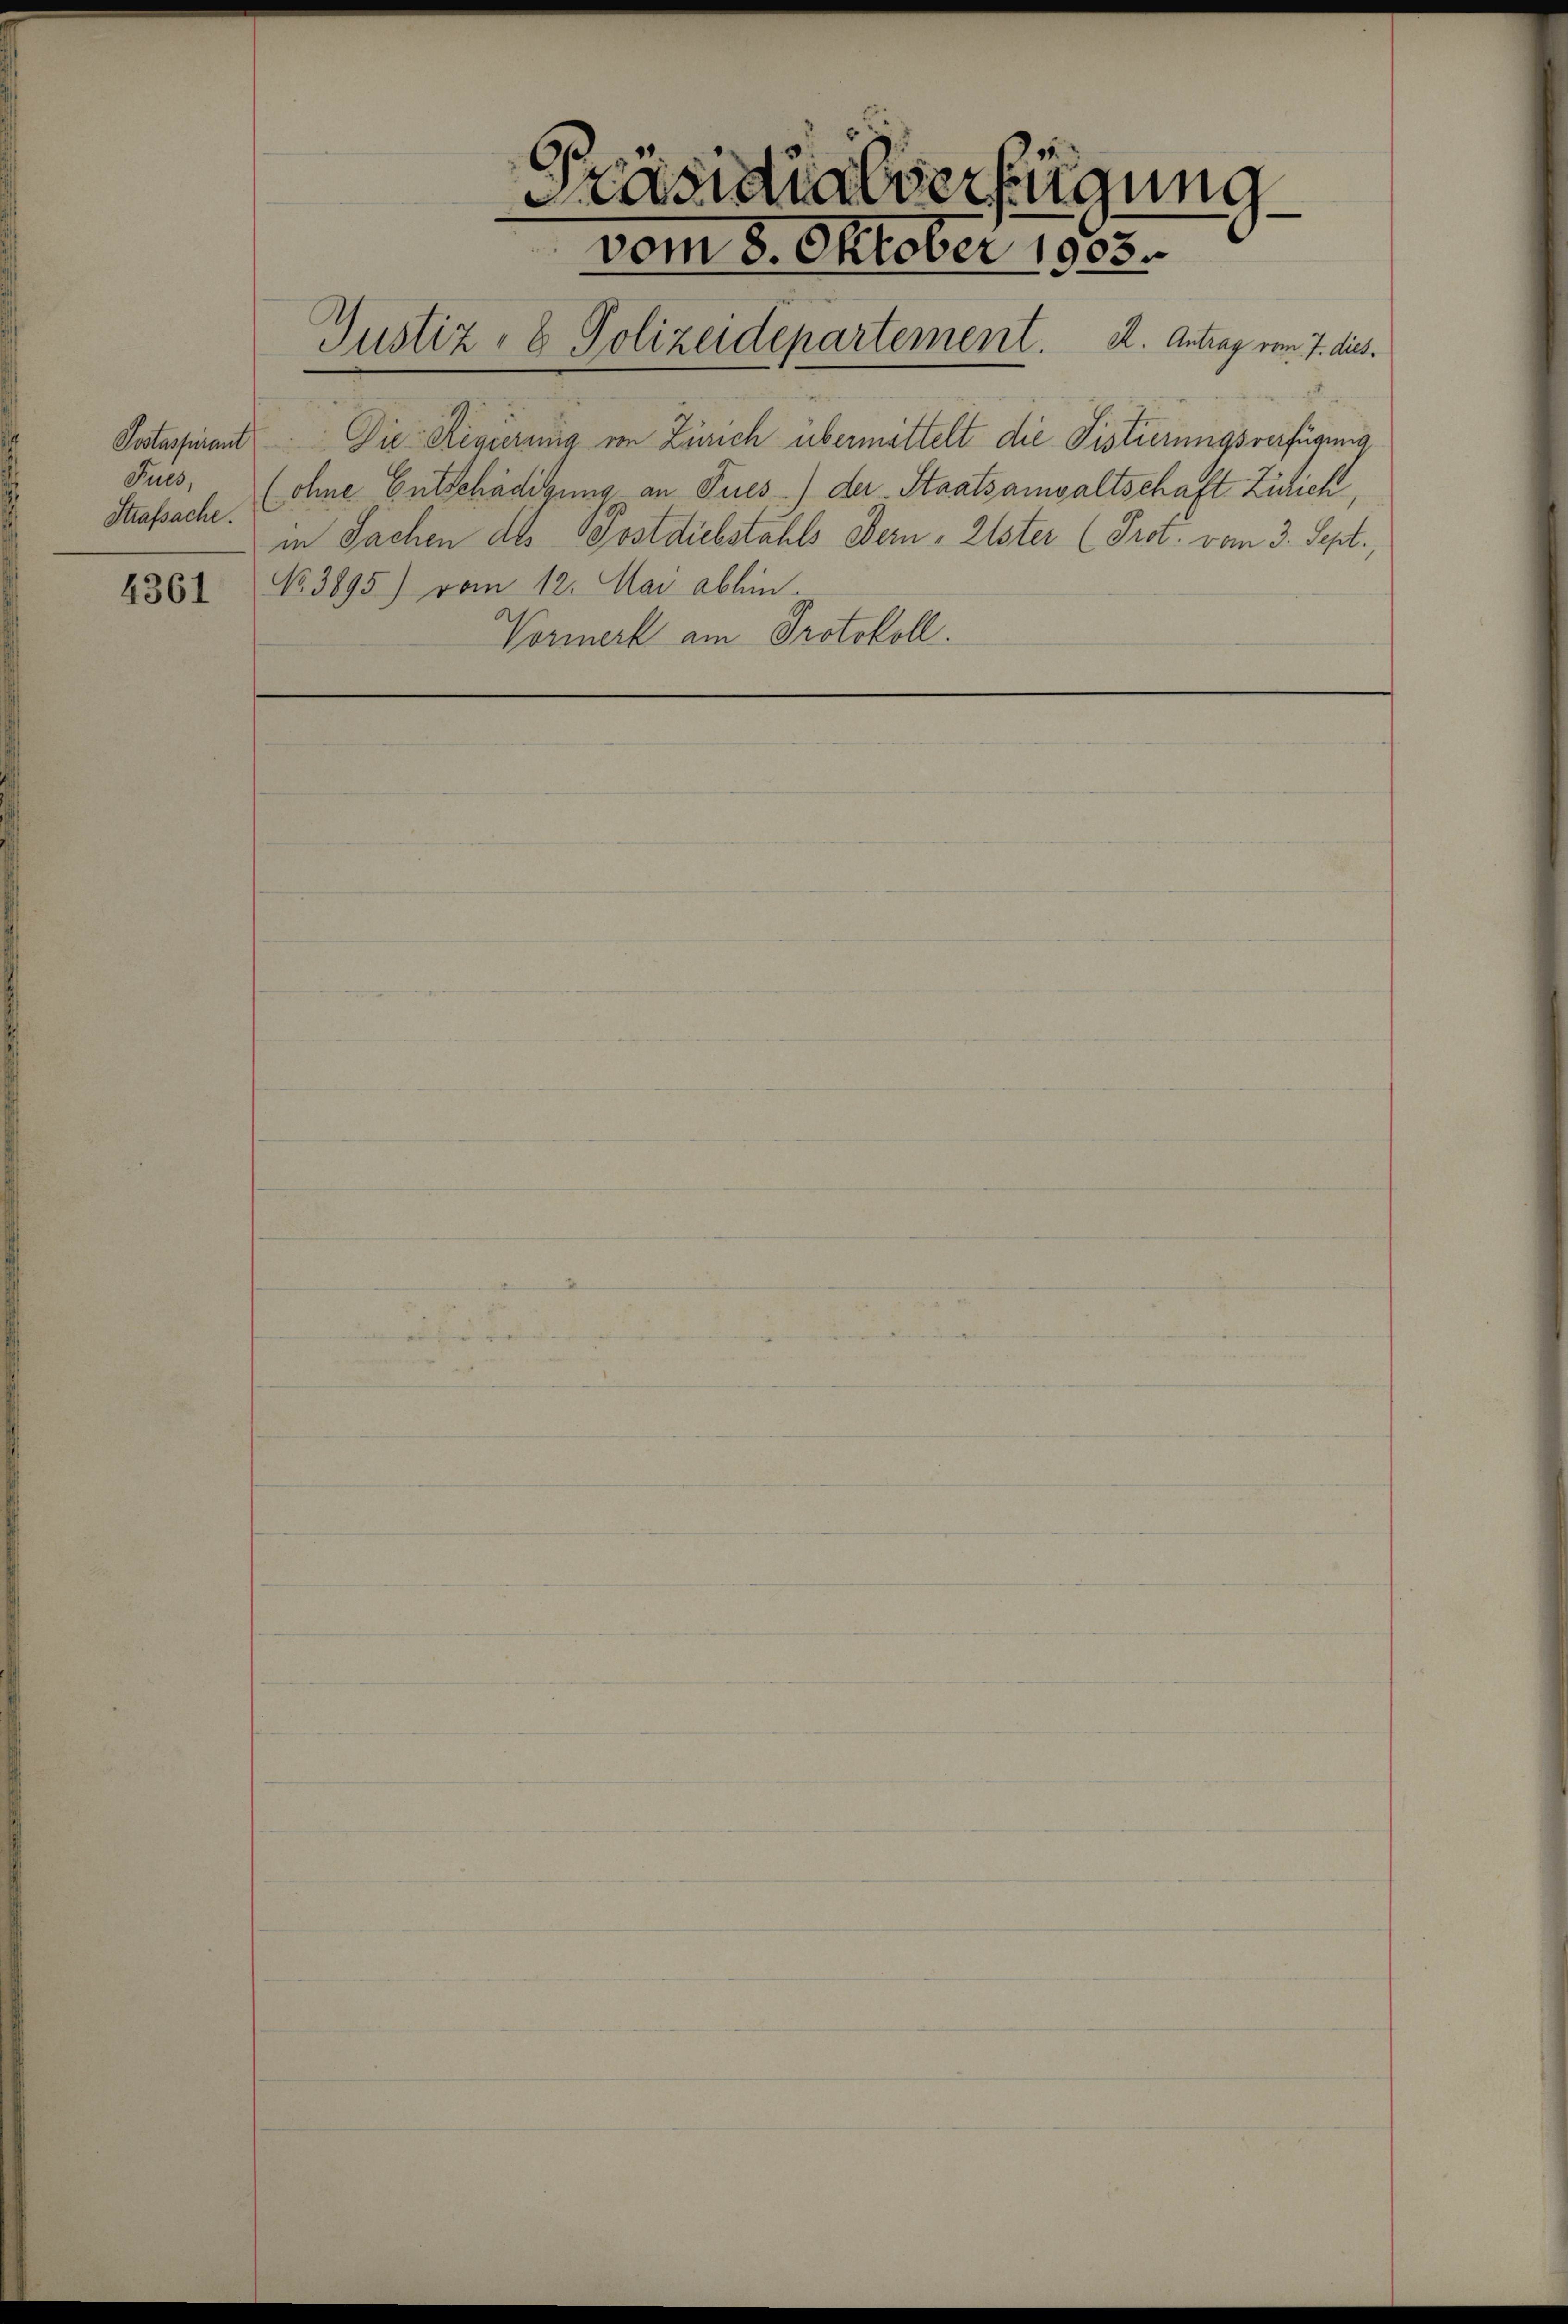
Puls,
Strafsache.

Präsidialverfügung
vom 8. Oktober 1903.
Justiz- & Polizeidepartement. K. Antrag vom 7. dies
Postassiant. Die Regierung ein Zürich übermittelt die Fistierungsverfügung
(ohne Entschädigung an Fries) der Staatsanwaltschaft Zinich
in Sachen des Postdiebstahls Bern - Elster (Prot. vom 3. Sept.,

4381 No 3895) vom 12. Mai abhin.
Vormerk am Protokoll.